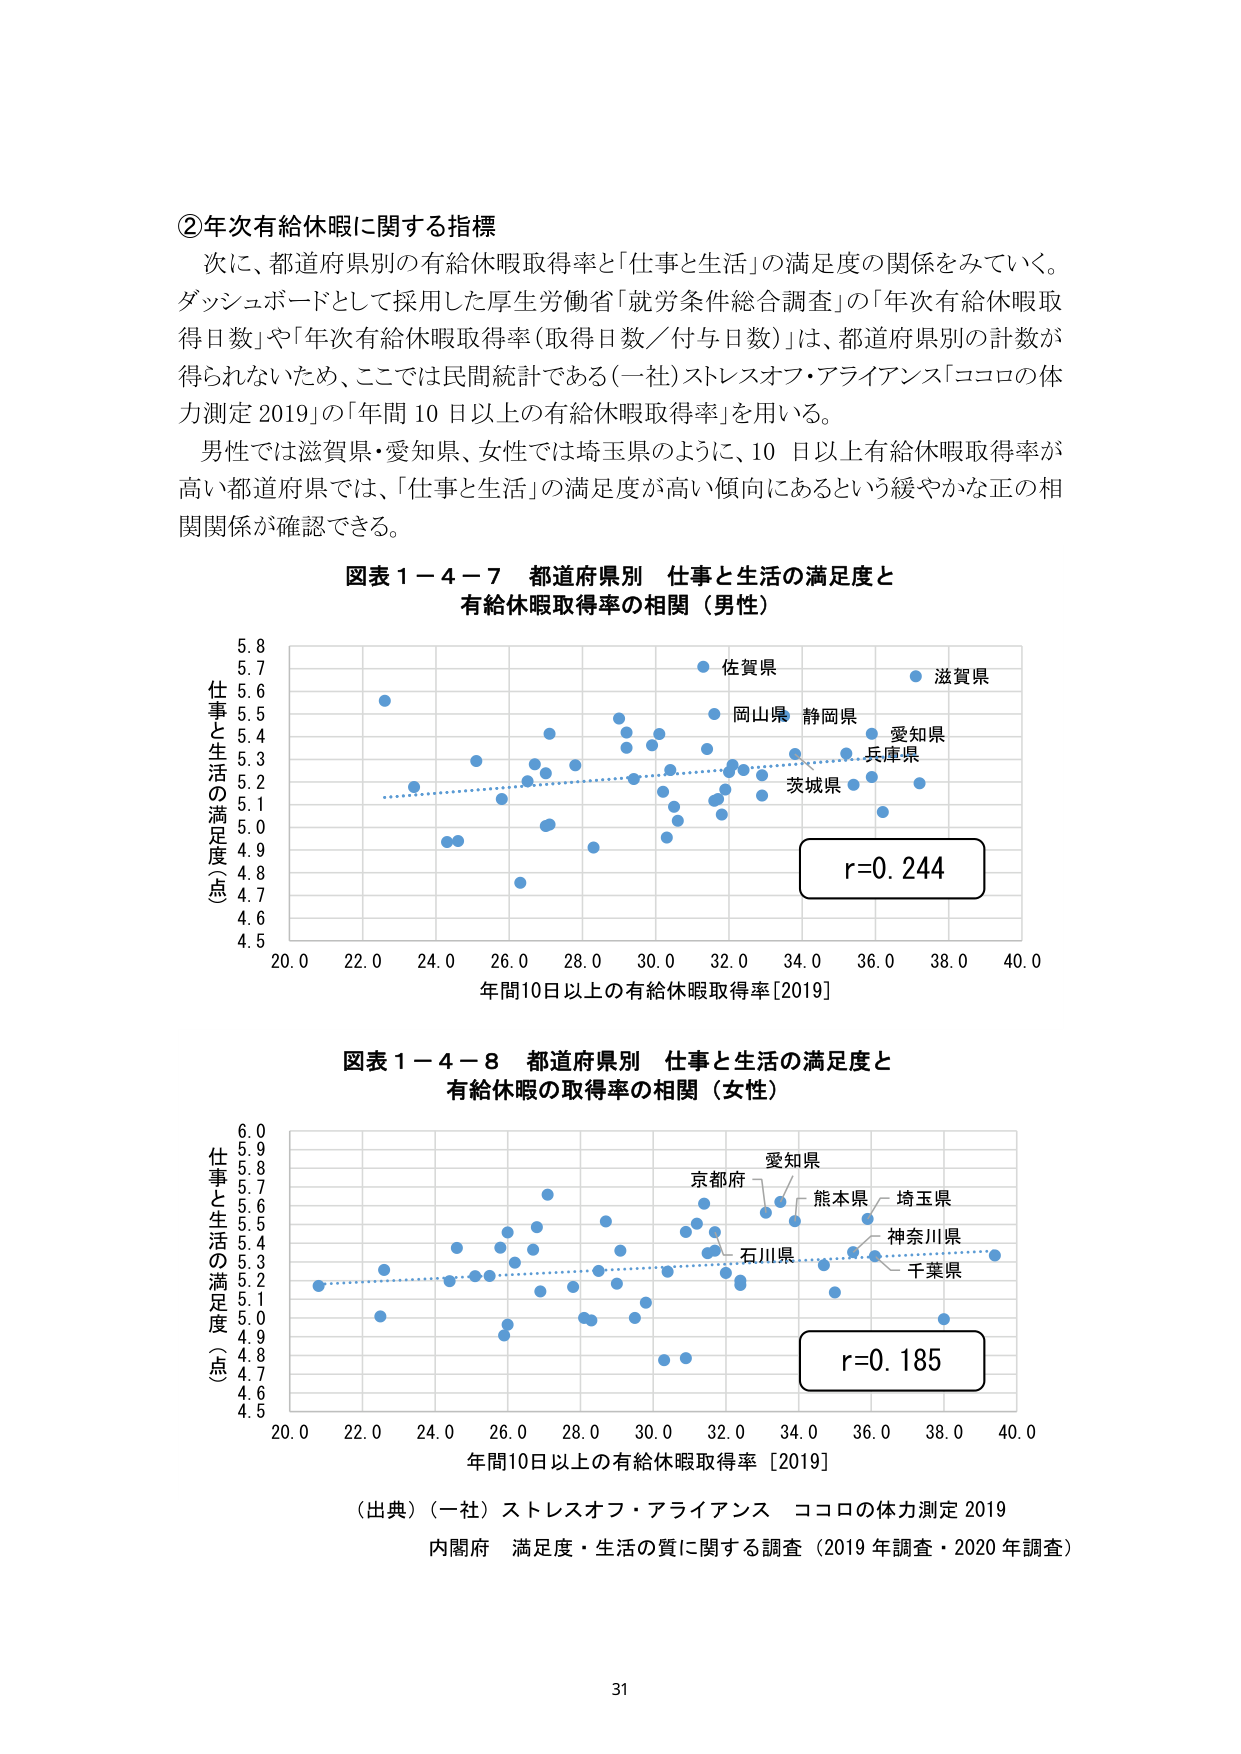
②次年有給休暇に関する指標
次に、都道府県別の有給休暇取得率と「仕事と生活」の満足度の関係をみていく。
ダッシュボードとして採用した厚生労働省「就労条件総合調査」の「年次有給休暇取得日数」や「年次有給休暇取得率（取得日数／付与日数）」は、都道府県別の計数が得られないため、ここでは民間統計である（一社）ストレスオフ・アライアンス「ココロの体力測定 2019」の「年間10日以上の有給休暇取得率」を用いる。
男性では滋賀県・愛知県、女性では埼玉県のように、10日以上有給休暇取得率が高い都道府県では、「仕事と生活」の満足度が高い傾向にあるという緩やかな正の相関関係が確認できる。

図表１－４－７ 都道府県別 仕事と生活の満足度と
有給休暇取得率の相関（男性）

仕事と生活の満足度（点）
5.8
5.7
5.6
5.5
5.4
5.3
5.2
5.1
5.0
4.9
4.8
4.7
4.6
4.5

佐賀県
岡山県 静岡県
愛知県
兵庫県
茨城県

r=0.244

年間10日以上の有給休暇取得率[2019]
20.0 22.0 24.0 26.0 28.0 30.0 32.0 34.0 36.0 38.0 40.0

図表１－４－８ 都道府県別 仕事と生活の満足度と
有給休暇の取得率の相関（女性）

仕事と生活の満足度（点）
6.0
5.9
5.8
5.7
5.6
5.5
5.4
5.3
5.2
5.1
5.0
4.9
4.8
4.7
4.6
4.5

愛知県
京都府
熊本県
埼玉県
神奈川県
石川県
千葉県

r=0.185

年間10日以上の有給休暇取得率 [2019]
20.0 22.0 24.0 26.0 28.0 30.0 32.0 34.0 36.0 38.0 40.0

（出典）（一社）ストレスオフ・アライアンス ココロの体力測定 2019
内閣府 満足度・生活の質に関する調査（2019年調査・2020年調査）

31